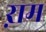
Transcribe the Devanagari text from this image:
ऱाम